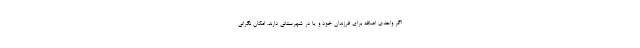
اگر واحدی اضافه برای فرزندان خود و یا در شهرستانی دارند، امکان نگرانی